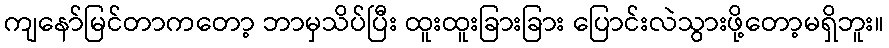
ကျနော်မြင်တာကတော့ ဘာမှသိပ်ပြီး ထူးထူးခြားခြား ပြောင်းလဲသွားဖို့တော့မရှိဘူး။